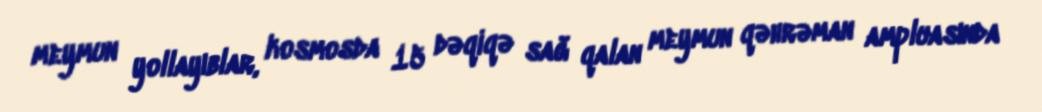
meymun yollayıblar, kosmosda 15 dəqiqə sağ qalan meymun qəhrəman ampluasında